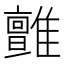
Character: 𩁉